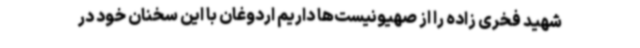
شهید فخری زاده را از صهیونیست‌ها داریم اردوغان با این سخنان خود در